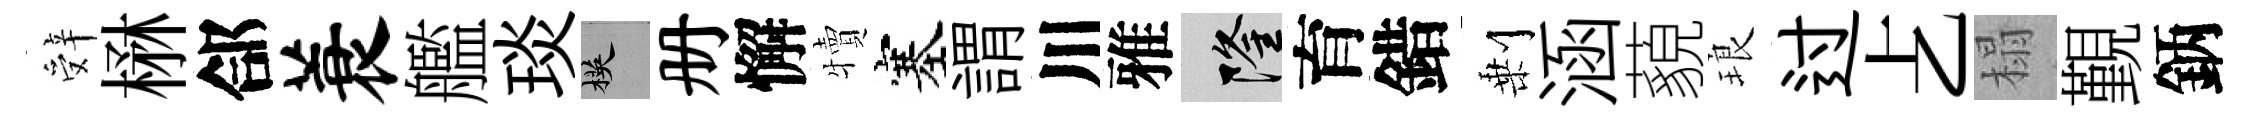
辤楙郃蓑艦琰楧册懈犢塞謂川雅隆育錯剰涵藐琅过𠧒榻覲鈵